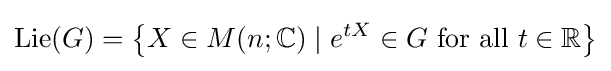
\operatorname {Lie} (G)=\left\{X\in M(n;\mathbb {C} )\mid e^{tX}\in G{\text{ for all }}t\in \mathbb {R} \right\}